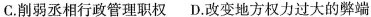
C.削弱丞相行政管理职权 D.改变地方权力过大的弊端